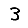
Digit: 3